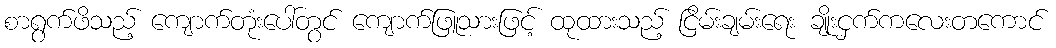
စာရွက်ဖိသည့် ကျောက်တုံးပေါ်တွင် ကျောက်ဖြူသားဖြင့် ထုထားသည့် ငြိမ်းချမ်းရေး ချိုးငှက်ကလေးတကောင်